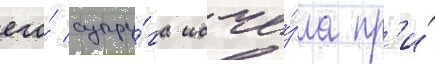
его́ супру́га исче́зла пр'и́